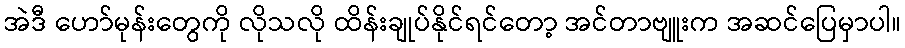
အဲဒီ ဟော်မုန်းတွေကို လိုသလို ထိန်းချုပ်နိုင်ရင်တော့ အင်တာဗျူးက အဆင်ပြေမှာပါ။